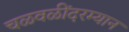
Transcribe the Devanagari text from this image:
चळवळींदरम्यान